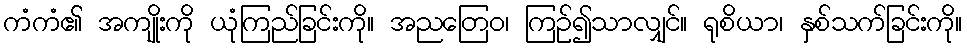
ကံကံ၏ အကျိုးကို ယုံကြည်ခြင်းကို။ အညတြေဝ၊ ကြဉ်၍သာလျှင်။ ရုစိယာ၊ နှစ်သက်ခြင်းကို။